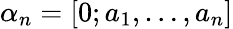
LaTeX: \alpha_{n}=[0;a_{1},\ldots,a_{n}]